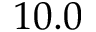
1 0 . 0